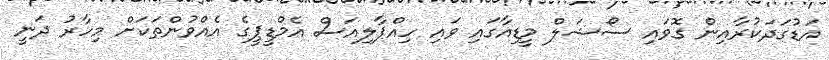
އަޑުގަދަކުރާއިން ގޮވައި ސޯޝަލް މީޑިއާގައި ވައި ހިއްޕާލިއަސް އެމްޑީޕީގެ އެއްވުންތަކަށް މިހާރު ދަނީ